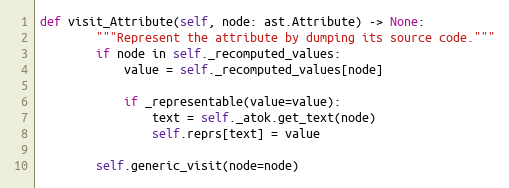
Language: Python
def visit_Attribute(self, node: ast.Attribute) -> None:
        """Represent the attribute by dumping its source code."""
        if node in self._recomputed_values:
            value = self._recomputed_values[node]

            if _representable(value=value):
                text = self._atok.get_text(node)
                self.reprs[text] = value

        self.generic_visit(node=node)